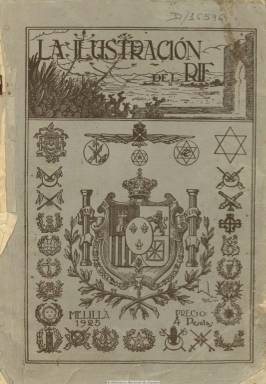
Título: La Ilustración del Rif
Colección: África || Revistas de información general
Ámbito geográfico: Madrid
Lugar de publicación: Madrid
Fechas: 05/09/1925-05/09/1925

Con toda probabilidad debió salir de esta publicación sólo su número uno, denominado además “extraordinario”, con 143 páginas sin foliar, apareciendo como su fundador y director-propietario Emilio Gabás Ginés, un periodista que fue redactor del madrileño diario El liberal además de autor de algunos libretos de zarzuela y sainetes. Su redacción y administración, así como la data en su portada, indica como lugar Madrid, con una delegación provisional en Melilla, imprimiéndose con toda probabilidad en Artes Gráficas Postal Expres de esta ciudad. La cubierta de la publicación, ocupada por un grabado del escudo de España rodeado por otros escudos militares, indica el año 1925, pero como lugar Melilla. La fecha de esta única entrega corresponde al cinco de septiembre de ese año, precisamente tres días antes de producirse el desembarco de Alhucemas, el primero aeronaval en la historia y en el que las tropas hispano-francesas utilizaron gas motaza, que tuvo como comandante en jefe al entonces “director militar” Miguel Primo de Rivera (1870-1930) y como jefe ejecutivo de las operaciones militares al entonces comandante general de Melilla, José Sanjurjo (1872-1936), gesta militar española esta que terminó por consolidar el Protectorado español de Marruecos que había surgido del Tratado de Fez (1920).

En su artículo de presentación se dirá que esta “revista gráfica de información africana” –que este fue su subtítulo- se publicaba “con el noble propósito de rendir un homenaje al Ejército” español, que venía actuando en la que se conoce como Guerra del Rif. Las páginas de la publicación servirán para ofrecer un panorama general del Protectorado en Melilla, con textos y numerosas fotografías, algunas de ellas aéreas. Ofrecerá una información casi exhaustiva de todas las unidades militares que componían el ejército español en Melilla, tanto sus batallones como sus fuerzas regulares, y desde el Estado Mayor, pasando por la aviación, ingenieros, artillería, infantería, caballería o intendencia, hasta las unidades militares de sanidad y veterinaria, con biografías de sus principales jefes, como es el caso del citado general Sanjurjo, y un reportaje gráfico de operaciones. Este panorama general se ampliaba con información y más fotografías del resto de las autoridades civiles y de las dotaciones policiales y de la guardia civil en la zona. Y a ello se añaden otros textos y fotografías sobre la política económica, comercial y agrícola en el Protectorado y de sus entidades (Junta de Arbitrios, Cámaras de Comercio, Agrícola y de la Propiedad), y su acción educativa y cultural, a través de la Escuela General y Técnica o del Ateneo. También da cuenta de los periódicos y revistas que se editan en la ciudad, en un texto redactado por el presidente de la Asociación de la Prensa de Melilla, Jaime Tur, y con fotografías de sus directores y redactores; y otro texto sobre la Historia de la poesía árabe, firmado por Emilio Álvarez Sanz y Tubau. A todo ello se unen numerosas inserciones publicitarias de los establecimientos comerciales de la ciudad, acompañadas algunas también de fotograbados.

La idea de su editor era la de seguir confeccionando nuevos números extraordinarios para cada una de las zonas del Protectorado español de Marruecos, al objeto de contribuir al “desarrollo de la colonización del abandonado y yermo terreno marroquí, haciendo intensas propagandas”, tal como se indica en el artículo de presentación de esta publicación.